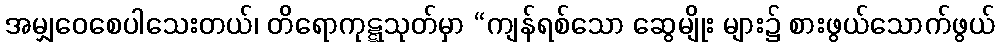
အမျှဝေစေပါသေးတယ်၊ တိရောကုဋ္ဋသုတ်မှာ “ကျန်ရစ်သော ဆွေမျိုး များ၌ စားဖွယ်သောက်ဖွယ်